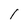
Character: I